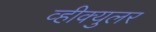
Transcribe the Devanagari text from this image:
व्हीक्युलर